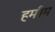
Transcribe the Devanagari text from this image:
हमीम